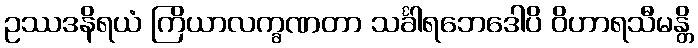
ဥဿဒနိရယံ ကြိယာလက္ခဏတာ သင်္ခါရဘေဒေါပိ ဝိဟာရသီမန္တိ